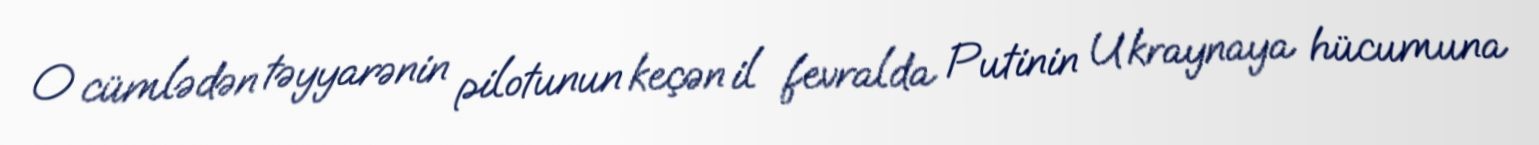
O cümlədən təyyarənin pilotunun keçən il fevralda Putinin Ukraynaya hücumuna